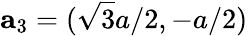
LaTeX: \mathbf{a}_{3}=(\sqrt{3}a/2,-a/2)